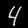
Label: 4